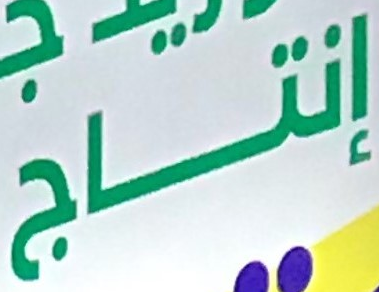
إنتاج